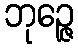
ဘုဉ္ဇေ